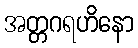
အတ္တဂရဟိနော